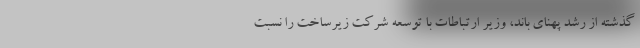
گذشته از رشد پهنای باند، وزیر ارتباطات با توسعه شرکت زیرساخت را نسبت